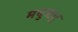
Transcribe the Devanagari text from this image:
मधुऋतु